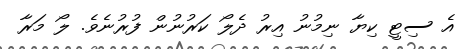
އެ ސިޓީ ކިޔާ ނިމުނު އިރު ދެލޯ ކަރުނުން ފުރުނެވެ. ލޯ މަރާ